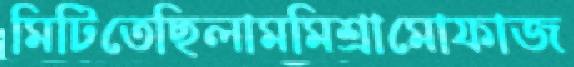
মিটিতেছিলামমিশ্রামোফাজ